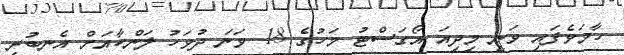
ހާމަވެފައި ވަނީ މިދިއަ އޯގަސްޓު މަހުގެ 18 ވަނަ ދުވަހު ލަންކާއަށް އެނބުރި